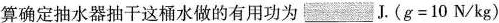
算确定抽水器抽干这桶水做的有用功为___J.($$g = 1 0 N / k g$$)